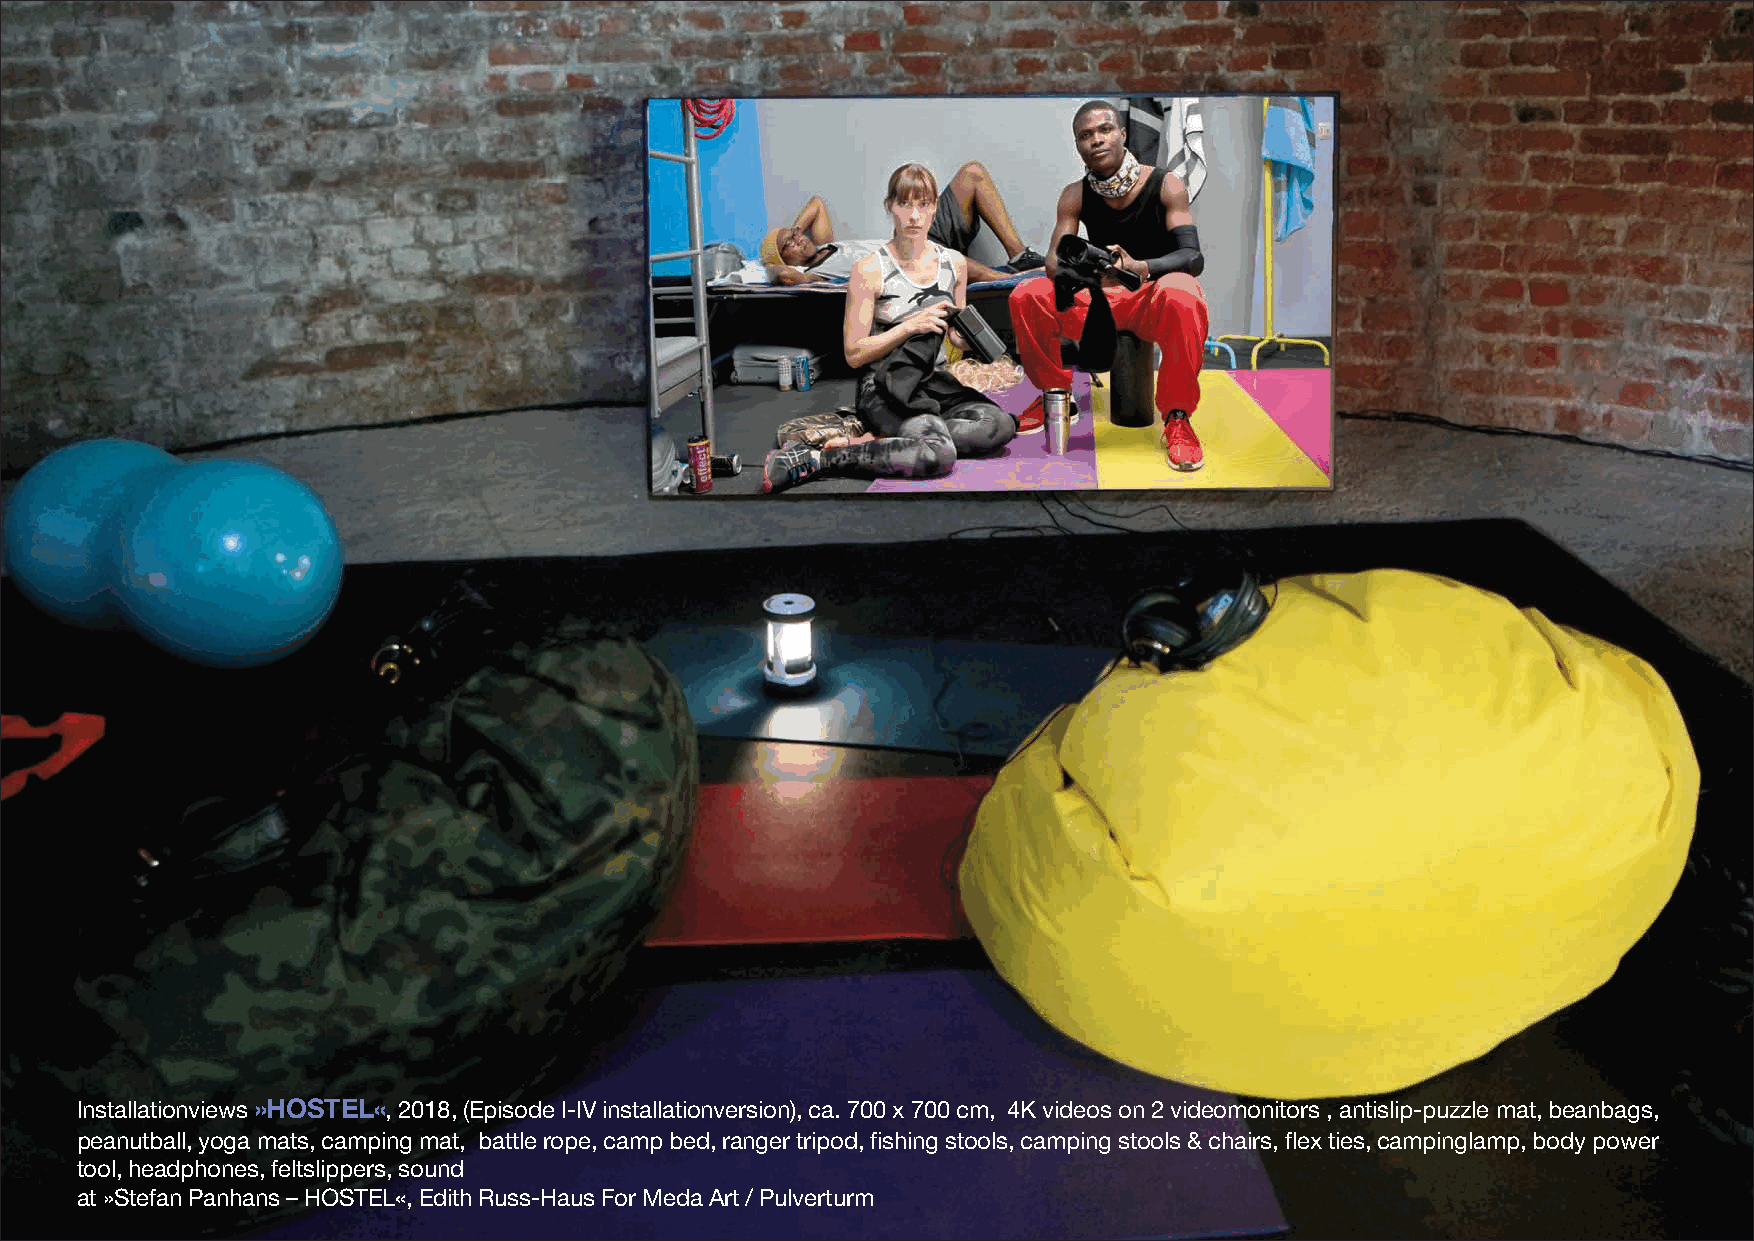
Installationviews »HOSTEL«, 2018, (Episode I-IV installationversion), ca. 700 x 700 cm, 4K videos on 2 videomonitors , antislip-puzzle mat, beanbags,
 peanutball, yoga mats, camping mat, battle rope, camp bed, ranger tripod, fishing stools, camping stools & chairs, flex ties, campinglamp, body power
 tool, headphones, feltslippers, sound
 at »Stefan Panhans –HOSTEL«, Edith Russ-Haus For Meda Art / Pulverturm